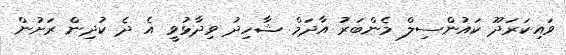
ވައިކަރަދޫ ކައުންސިލް މެންބަރު އާދަމް ޝާހިދު ވިދާޅުވީ އެ ދެ ކުދިން ރަށުން